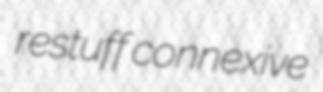
restuff connexive